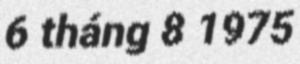
6 tháng 8 1975